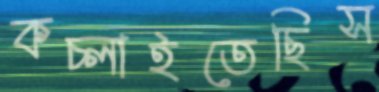
কচ্‌লাইতেছিস